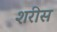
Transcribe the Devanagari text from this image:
शरीस